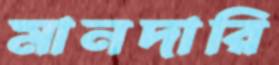
মানদারি